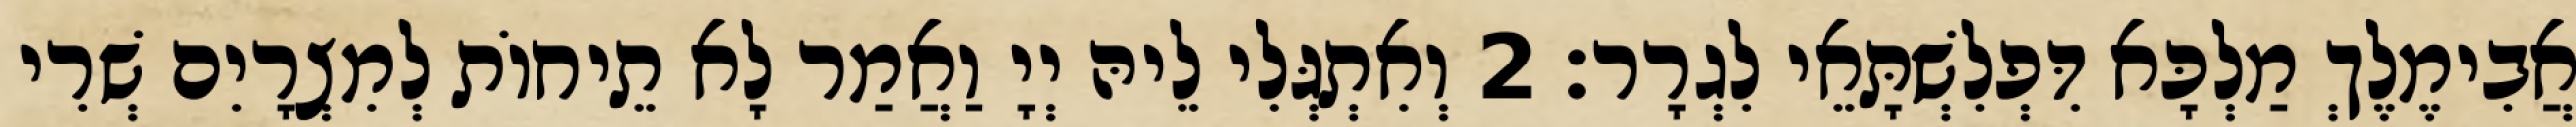
אֲבִימֶלֶךְ מַלְכָּא דִּפְלִשְׁתָּאֵי לִגְרָר׃ 2 וְאִתְגְּלִי לֵיהּ יְיָ וַאֲמַר לָא תֵיחוֹת לְמִצְרָיִם שְׁרִי